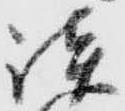
談